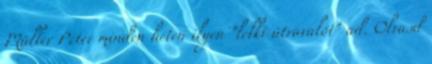
Müller Péter minden héten ilyen "lelki útravalót" ad. Olvasd